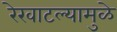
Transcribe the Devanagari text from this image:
रेखाटल्यामुळे